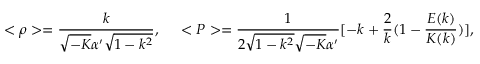
< \rho > = \frac { k } { \sqrt { - K } \alpha ^ { \prime } \sqrt { 1 - k ^ { 2 } } } , \; \; \; \; \; < P > = \frac { 1 } { 2 \sqrt { 1 - k ^ { 2 } } \sqrt { - K } \alpha ^ { \prime } } [ - k + \frac { 2 } { k } ( 1 - \frac { E ( k ) } { K ( k ) } ) ] ,